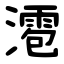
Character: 㵡